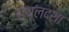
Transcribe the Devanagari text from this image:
स्थूलदशा